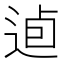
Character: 逌